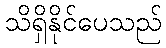
သိရှိနိုင်ပေသည်